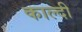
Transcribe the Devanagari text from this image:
काल्दी